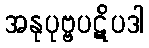
အနုပုဗ္ဗပဋိပဒါ